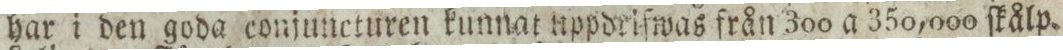
har i den goda conjuncturen kunnat uppdrifwas från 300 a 350,000 ſkålp.